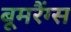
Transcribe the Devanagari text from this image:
बूमरैंग्स